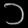
Digit: ၁